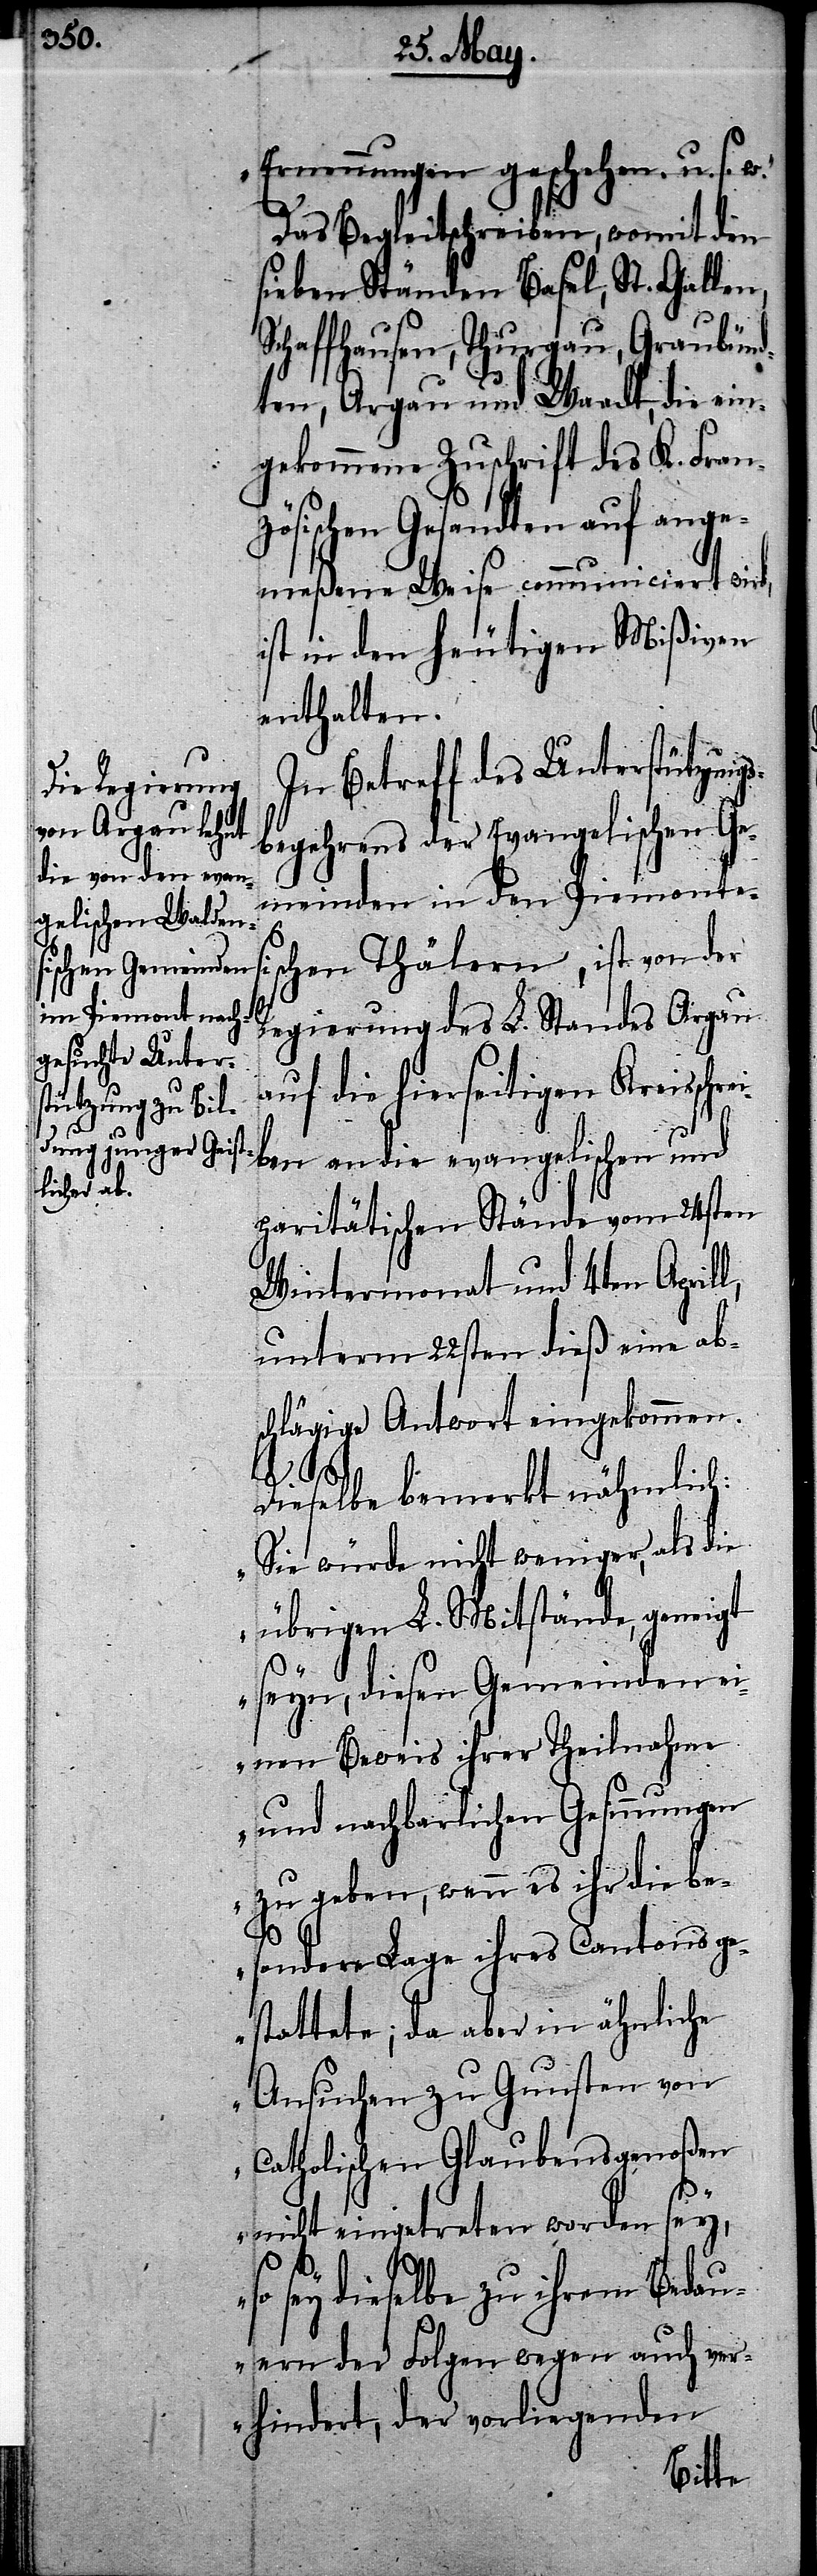
Ernennungen geschehen. u.s.w.“
l,
Das Begleitschreiben womit den
sieben Ständen Basel, St. Gallen,
sischen Thälern, ist von
ten, Argau und Waadt, die ein¬
gekommene Zuschrift des K. Fran¬
zösischen Gesandten auf ange¬
meßene Weise communiciert wird,
ist in den heutigen Mißiven
enthalten.
In Betreff des Unterstützungs¬
begehrens der Evangelischen Ge¬
meinden in den Piemonte¬
Regierung des L. Standes Argau
auf die hierseitigen Kreisschre¬
iben an die evangelischen und
paritätischen Stände vom 24sten
Wintermonat und 4ten April¬
unterm 22sten dieß eine abs¬
chlägige Antwort eingekommen.
Dieselbe bemerkt nähmlich:
„Sie würde nicht weniger, als die
übrigen L. Mitstände, geneigt
seyn, diesen Gemeinden ei¬
nen Beweis ihrer Theilnahme
und nachbarlichen Gesinnungen
zu geben, wenn es ihr die be¬
sondere Lage ihres Cantons ge¬
statte, da aber in ähnliche
Ansuchen zu Gunsten von
Catholischen Glaubensgenoßen
S¬
nicht eingetreten worden sey,
sey dieselbe zu ihrem Bedau¬
ern der Folgen wegen auch ver¬
hindert, der vorliegenden